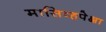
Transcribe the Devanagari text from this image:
मासिव्हपेक्षा